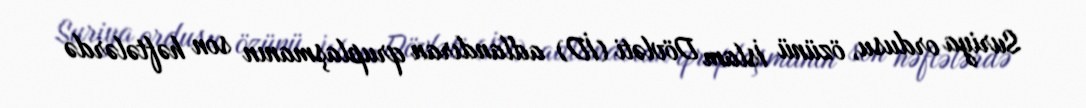
Suriya ordusu, özünü İslam Dövləti (İD) adlandıran qruplaşmanın son həftələrdə